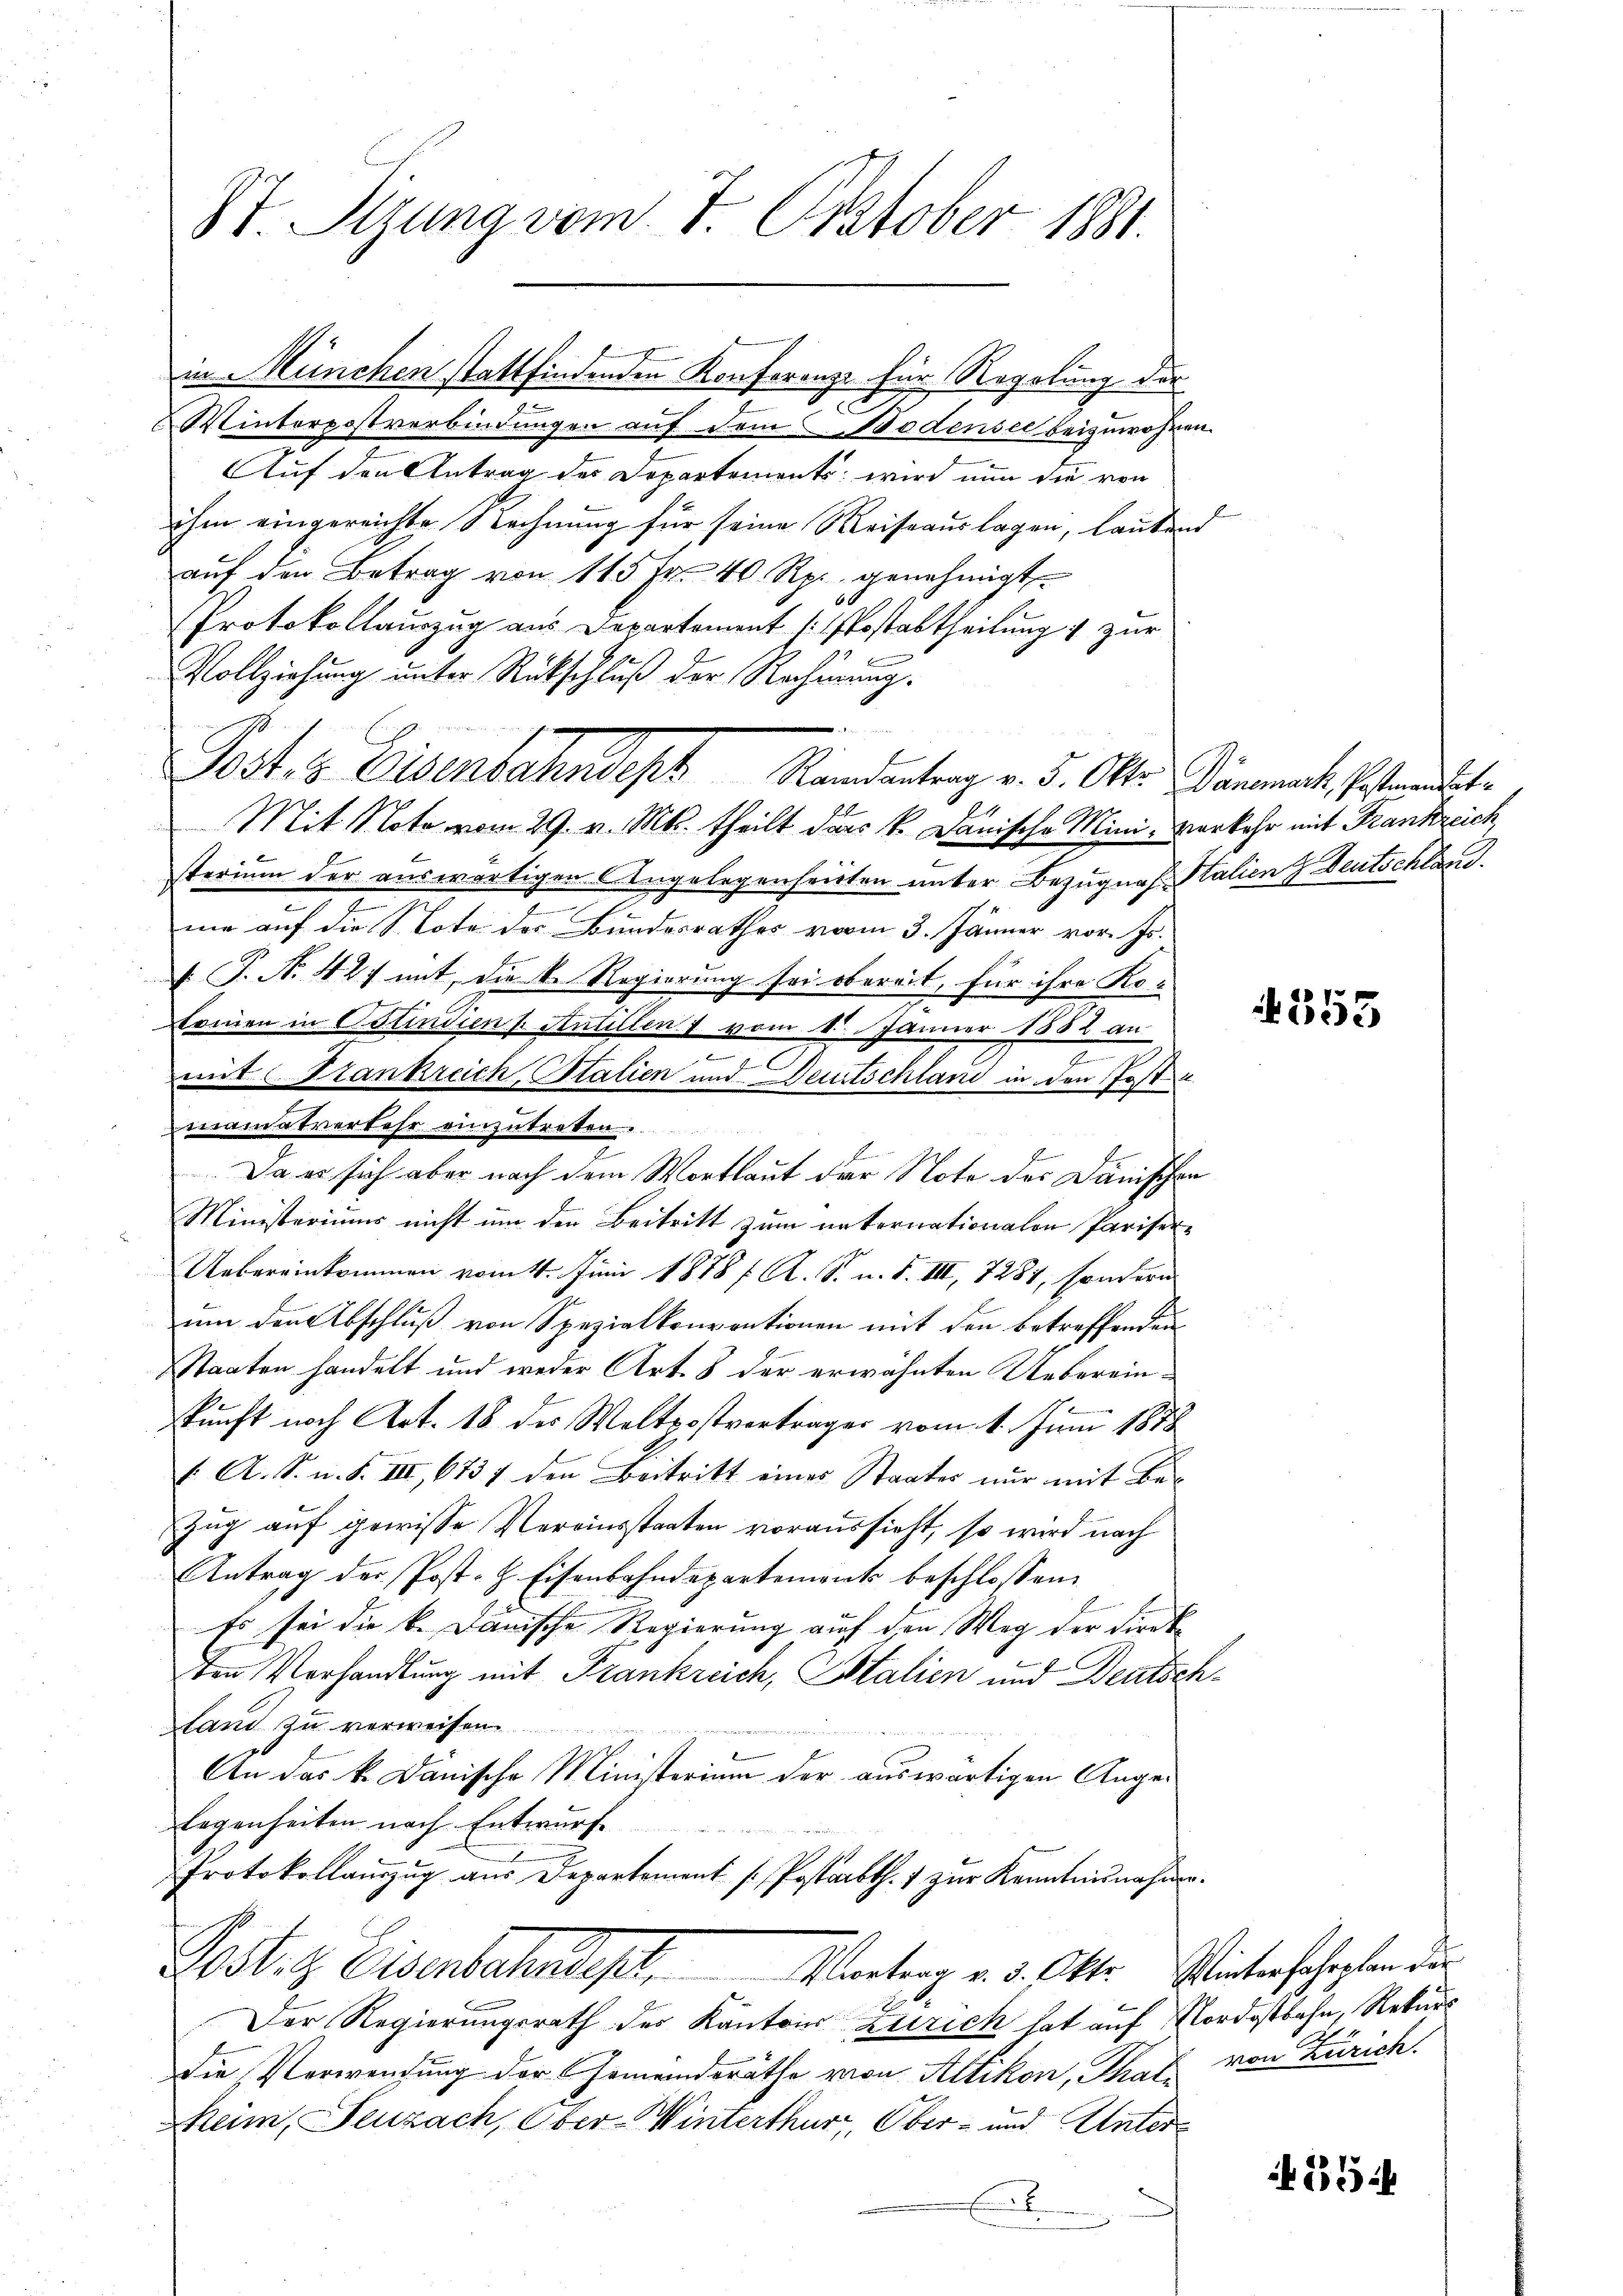
St. Sizung vom 7. October 1881.

Winterpostverbindungen auf dem Bodensee beizuwohnen.
Auf den Antrag des Departements: wird nun die von
ihm eingereichte Rechnung für seine Weiseauslagen, lautend
aŭf den Betrag von 115 Fr. 40 Rp. genehmigt.
Protokollauszug aus Departement (Postabtheilung 7 zur
Vollziehung unter Rückschluß der Rechnung.
Post z. Eisenbahnedigt
Mit Nota vom 29. v. Mts. theilt dass k. Danische Mini- Verkehr mit Frankreich
sterium der auswärtigen Angelegenheitten unter Bezugnas Stalien Deutschland.
.
me auf die Note der Bundesrathes vom 3. Jänner vor. Fr.
 P. Nr. 427 mit, die k. Regierung sei obereit, für ihre Ko-
Erinnen in Ostindien & Antillen 7 vom 6. Jänner 1882 an
e
2
C
mit Stankreich Stalien und Deutschland in den Postu
manatverkehr einzutreten.
Da es sich aber nach dem Wortlaut der Note des Dänischen
Ministeriums nicht um den Beitritt zum naternationalen Pariser¬
Uebereinkommen vom 14. Juni 1878 f. A. S. u. d. III, 7287, sondern
um den Abschluß von Spezialkonventionen mit den betreffenden
Staaten handelt und weder Art. 8 der erwähnten Uebereinkunft nach Art. 18 des Woltpostverträger vom 1. Juni 1878
f. A. S. u. S. III, 6737 den Beitritt eines Staates nur mit Be¬
Zug auf gewisse Vereinsstaaten voraussieht, so wird nach
Antrag der Post- H. Eisenbahndepartement beschlossen:
Es sei die k. Dänische Regierung auf den Weg der Direkten Vorhandlung mit Frankreich, Italien und Deutsch¬
Stand zu verweisen.
An das k. Dänische Ministerium der auswärtigen Angelogenheiten nach Entwurf.
Protokollaŭszŭg aŭs Departement / Postarbth. 1 zŭr Kenntnisnahme.
Astes Eisenbahnst
Vortrag v. 5. Oktr. Winterfahrplan der
Der Regierungsrath des Kantons Zutrich hat auf Nordostbahn, Rekurs
Die Verwendung der Gemeindsräthe von Altikon, That von Zürich.
eim, Feuzach, Ober-Winterthur, Ober- und Unter¬

in München stattfindenden Konferenze für Regelung der

Randantrag v. 5. Oktr. Dänemark, Postmandat¬

353

55